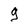
Character: g